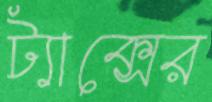
ট্যাক্সের